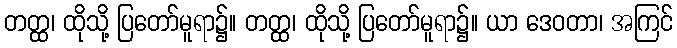
တတ္ထ၊ ထိုသို့ ပြတော်မူရာ၌။ တတ္ထ၊ ထိုသို့ ပြတော်မူရာ၌။ ယာ ဒေဝတာ၊ အကြင်